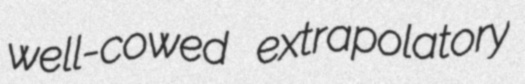
well-cowed extrapolatory